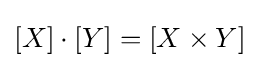
[X]\cdot [Y]=[X\times Y]